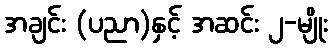
အချင်း (ပညာ)နှင့် အဆင်း ၂-မျိုး